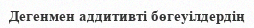
Дегенмен аддитивті бөгеуілдердің